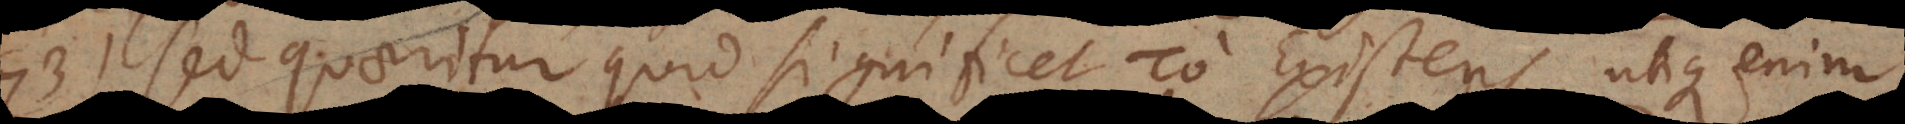
73) Sed quaeritur quid significet το Existens, utique enim